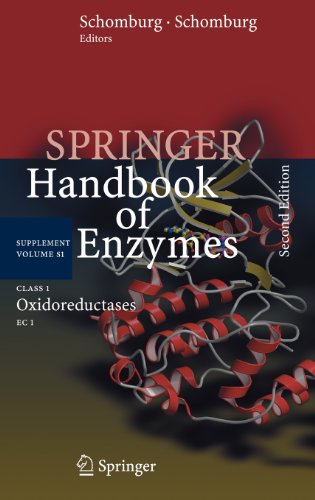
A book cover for Class 1 Oxidoreductases: EC 1 (Springer Handbook of Enzymes) (No. 1); Medical Books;